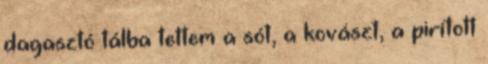
dagasztó tálba tettem a sót, a kovászt, a pirított